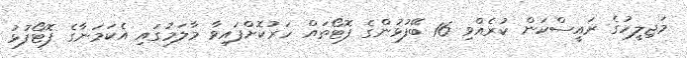
މަޖިލީހުގެ ރައީސްކަން ކުރެއްވި 16 ބޭފުޅުންގެ ފޮޓޯތައް ހަރުކޮށްފައިވާ މާލަމުގައި އެކަމަނާގެ ފޮޓޯފުޅު